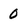
Character: 0